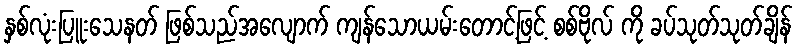
နှစ်လုံးပြူးသေနတ် ဖြစ်သည်အလျောက် ကျန်သောယမ်းတောင့်ဖြင့် စစ်ဗိုလ် ကို ခပ်သုတ်သုတ်ချိန်